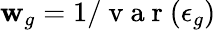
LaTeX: \mathbf{w}_{g}=1/\mathrm{{~v~a~r~}}(\epsilon_{g})